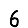
Digit: 6